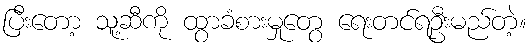
ပြီးတော့ သူ့ဆီကို ထွာခံစားမှုတွေ ရေးတင်ရဦးမည်တဲ့။